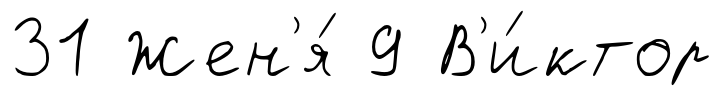
31 Жен'я́ 9 В'и́ктор